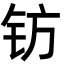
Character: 钫